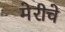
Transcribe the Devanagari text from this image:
मेरीचे